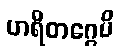
ဟရိတဂ္ဂေပိ